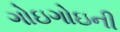
ગોઇગોઇની